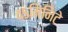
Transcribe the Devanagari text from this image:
४५मिनिटे